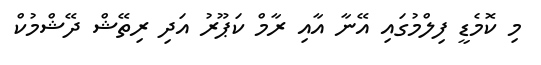
މި ކޮމެޑީ ފިލްމުގައި އޭނާ އާއި ރާމް ކަޕޫރު އަދި ރިތޭޝް ދޭޝްމުކް